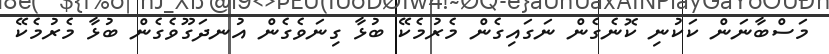
މަސްބާނަން ކަކުނި ކޮނެގެން ނަގައިގެން މެރުމެކޭ ބުޅާ ގިނަވެގެން އުނދަގޫވެގެން ބުޅާ މެރުމެކޭ